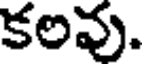
కలవు.